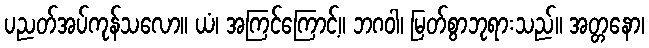
ပညတ်အပ်ကုန်သလော။ ယံ၊ အကြင်ကြောင့်။ ဘဂဝါ၊ မြတ်စွာဘုရားသည်။ အတ္တနော၊